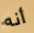
أنه